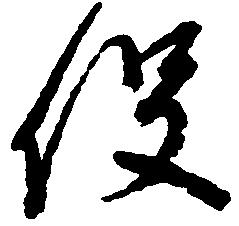
役